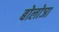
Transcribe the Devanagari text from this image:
बोलोञा